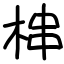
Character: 梙